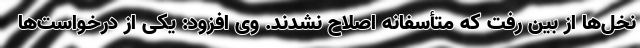
نخل‌ها از بین رفت که متأسفانه اصلاح نشدند. وی افزود: یکی از درخواست‌ها